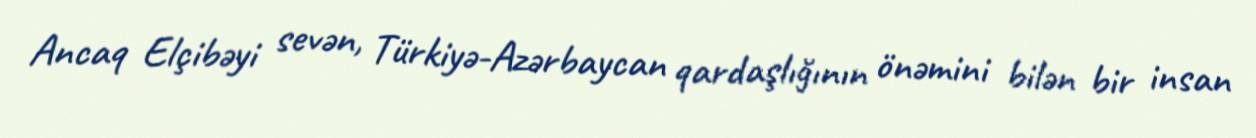
Ancaq Elçibəyi sevən, Türkiyə-Azərbaycan qardaşlığının önəmini bilən bir insan